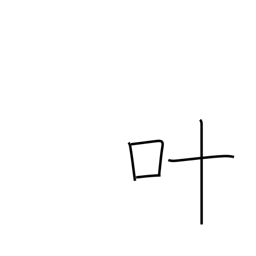
Meaning: grant